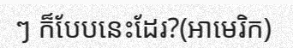
ៗ ក៏បែបនេះដែរ?(អាមេរិក)